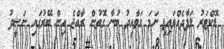
ޑޮކްޓަރު ލަފާދެއްވައިފި ނަމަ ގަވާއިދު ބުނާ ގޮތުން ރާއްޖެ އިން ބޭރުގައި ނަޝީދު